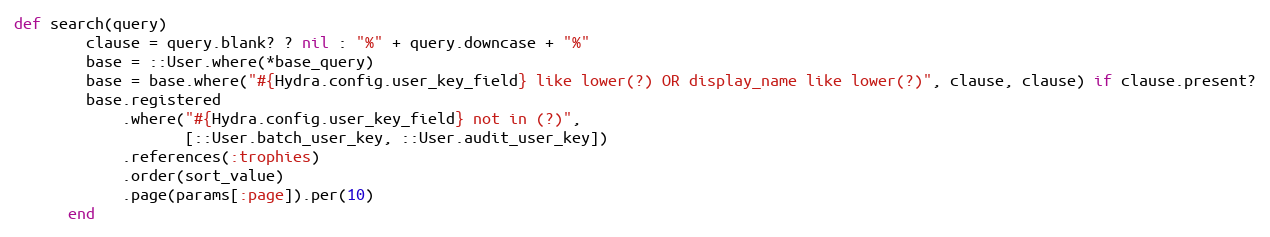
Language: Ruby
def search(query)
        clause = query.blank? ? nil : "%" + query.downcase + "%"
        base = ::User.where(*base_query)
        base = base.where("#{Hydra.config.user_key_field} like lower(?) OR display_name like lower(?)", clause, clause) if clause.present?
        base.registered
            .where("#{Hydra.config.user_key_field} not in (?)",
                   [::User.batch_user_key, ::User.audit_user_key])
            .references(:trophies)
            .order(sort_value)
            .page(params[:page]).per(10)
      end